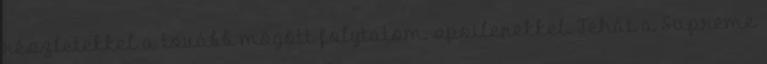
részletekkel a tovább mögött folytatom, spoilerekkel. Tehát a Supreme